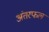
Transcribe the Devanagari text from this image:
अंतरफल